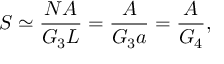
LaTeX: { \cal S } \simeq \frac { N A } { G _ { 3 } L } = \frac { A } { G _ { 3 } a } = \frac { A } { G _ { 4 } } ,